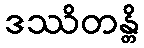
ဒဿိတန္တိ